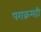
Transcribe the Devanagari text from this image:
पराक्रमही